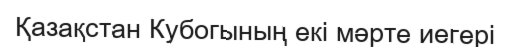
Қазақстан Кубогының екі мәрте иегері